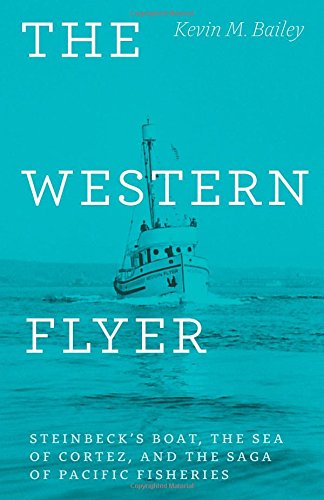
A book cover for The Western Flyer: Steinbeck's Boat, the Sea of Cortez, and the Saga of Pacific Fisheries; Kevin M. Bailey; Science & Math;